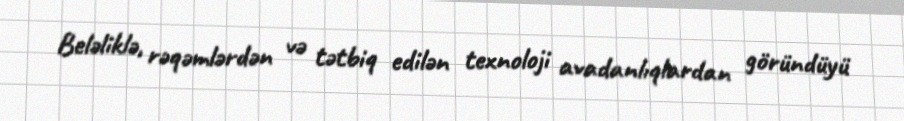
Beləliklə, rəqəmlərdən və tətbiq edilən texnoloji avadanlıqlardan göründüyü